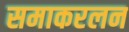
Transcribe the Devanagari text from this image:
समाकरलन